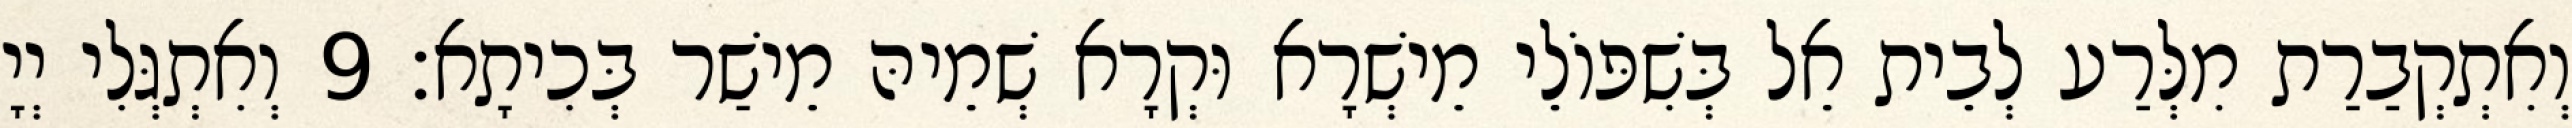
וְאִתְקְבַרַת מִלְּרַע לְבֵית אֵל בְּשִׁפּוֹלֵי מֵישְׁרָא וּקְרָא שְׁמֵיהּ מֵישַׁר בְּכִיתָא׃ 9 וְאִתְגְּלִי יְיָ